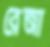
রেজা